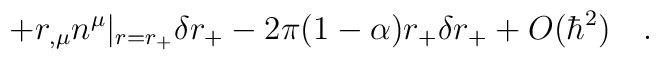
+r_{,\mu}n^{\mu}|_{r=r_+}\delta r_+-2\pi(1-\alpha)r_+\delta r_+ +O(\hbar ^2)~~~.